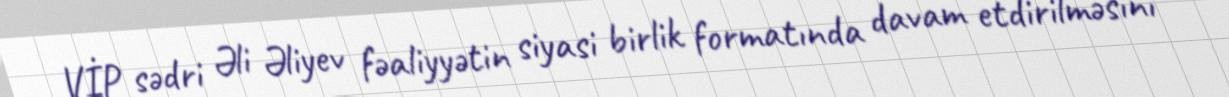
VİP sədri Əli Əliyev fəaliyyətin siyasi birlik formatında davam etdirilməsini